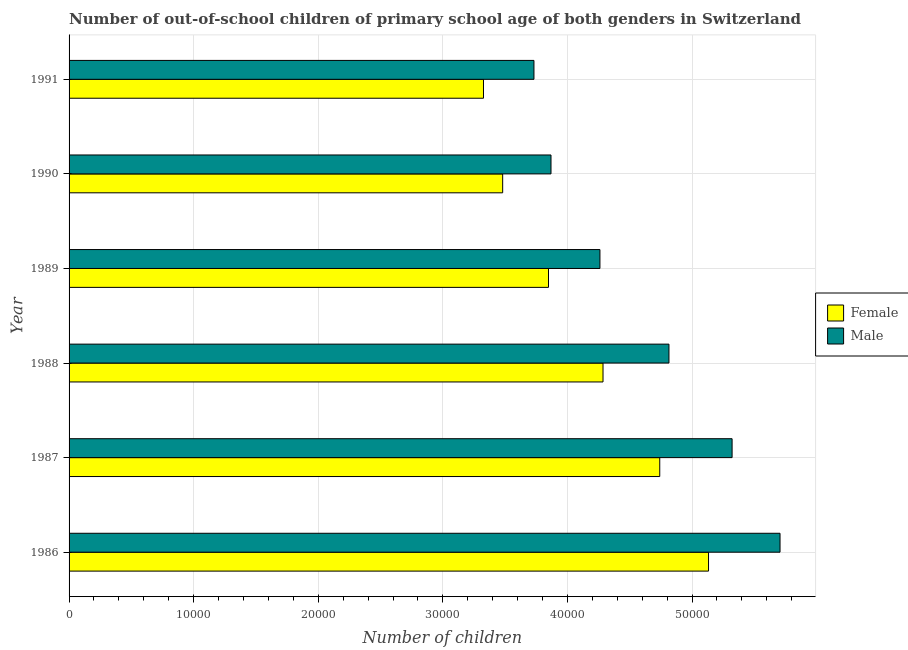
| Year | Female | Male |
 | --- | --- | --- |
 | 1986 | 5.13e+04 | 5.71e+04 |
 | 1987 | 4.74e+04 | 5.32e+04 |
 | 1988 | 4.29e+04 | 4.81e+04 |
 | 1989 | 3.85e+04 | 4.26e+04 |
 | 1990 | 3.48e+04 | 3.87e+04 |
 | 1991 | 3.33e+04 | 3.73e+04 |